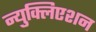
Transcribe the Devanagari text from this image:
न्युक्लिएशन